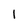
Character: I